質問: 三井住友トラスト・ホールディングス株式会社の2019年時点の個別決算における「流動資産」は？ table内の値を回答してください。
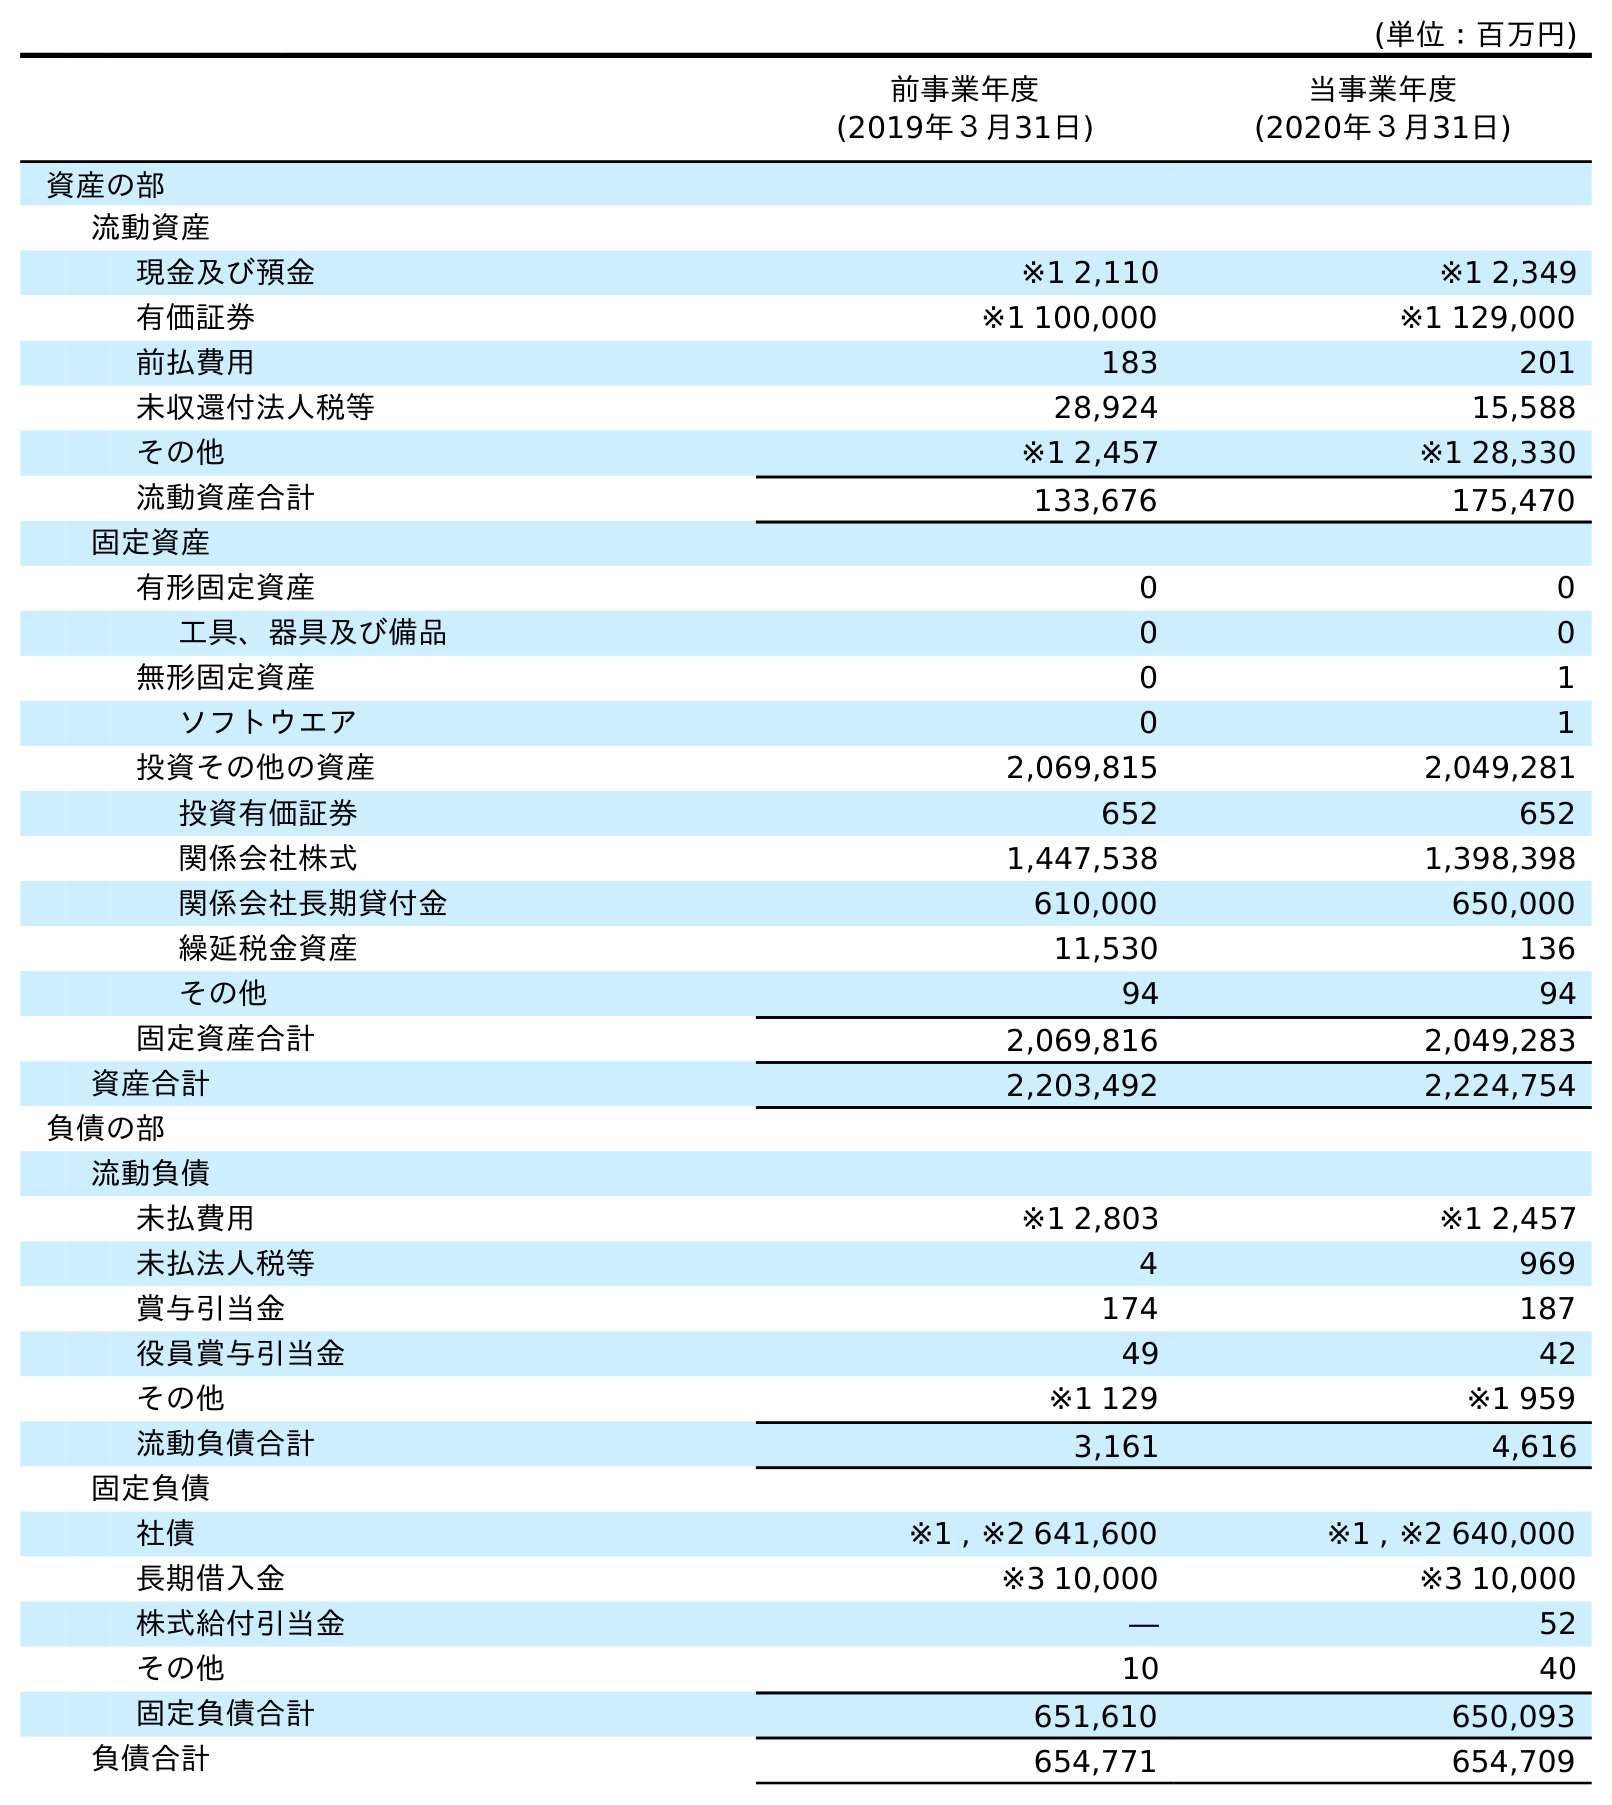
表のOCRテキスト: (単位：百万円) 前事業年度 (2019年３月31日) 当事業年度 (2020年３月31日) 資産の部 流動資産 現金及び預金 ※1 2,110 ※1 2,349 有価証券 ※1 100,000 ※1 129,000 前払費用 183 201 未収還付法人税等 28,924 15,588 その他 ※1 2,457 ※1 28,330 流動資産合計 133,676 175,470 固定資産 有形固定資産 0 0 工具、器具及び備品 0 0 無形固定資産 0 1 ソフトウエア 0 1 投資その他の資産 2,069,815 2,049,281 投資有価証券 652 652 関係会社株式 1,447,538 1,398,398 関係会社長期貸付金 610,000 650,000 繰延税金資産 11,530 136 その他 94 94 固定資産合計 2,069,816 2,049,283 資産合計 2,203,492 2,224,754 負債の部 流動負債 未払費用 ※1 2,803 ※1 2,457 未払法人税等 4 969 賞与引当金 174 187 役員賞与引当金 49 42 その他 ※1 129 ※1 959 流動負債合計 3,161 4,616 固定負債 社債 ※1 , ※2 641,600 ※1 , ※2 640,000 長期借入金 ※3 10,000 ※3 10,000 株式給付引当金 ― 52 その他 10 40 固定負債合計 651,610 650,093 負債合計 654,771 654,709
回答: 133,676